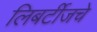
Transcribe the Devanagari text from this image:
लिबर्टीजचे